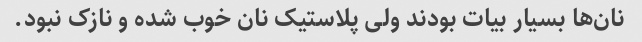
نان‌ها بسیار بیات بودند ولی پلاستیک نان خوب شده و نازک نبود.